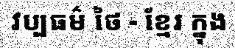
វប្បធម៌ ថៃ - ខ្មែរ ក្នុង